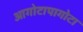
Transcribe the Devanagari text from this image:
आगोटापागोटा